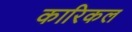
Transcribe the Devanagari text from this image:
कारिकल